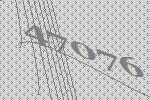
47076